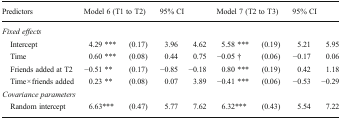
<table><thead><tr><td><b>Predictors</b></td><td colspan="2"><b>Model 6 (T1 to T2)</b></td><td colspan="2"><b>95% CI</b></td><td colspan="2"><b>Model 7 (T2 to T3)</b></td><td colspan="2"><b>95% CI</b></td></tr></thead><tbody><tr><td colspan="9"><i>Fixed effects</i></td></tr><tr><td> Intercept</td><td>4.29 ***</td><td>(0.17)</td><td>3.96</td><td>4.62</td><td>5.58 ***</td><td>(0.19)</td><td>5.21</td><td>5.95</td></tr><tr><td> Time</td><td>0.60 ***</td><td>(0.08)</td><td>0.44</td><td>0.75</td><td>−0.05 †</td><td>(0.06)</td><td>−0.17</td><td>0.06</td></tr><tr><td> Friends added at T2</td><td>−0.51 **</td><td>(0.17)</td><td>−0.85</td><td>−0.18</td><td>0.80 ***</td><td>(0.19)</td><td>0.42</td><td>1.18</td></tr><tr><td> Time × friends added</td><td>0.23 **</td><td>(0.08)</td><td>0.07</td><td>3.89</td><td>−0.41 ***</td><td>(0.06)</td><td>−0.53</td><td>−0.29</td></tr><tr><td colspan="9"><i>Covariance parameters</i></td></tr><tr><td> Random intercept</td><td>6.63***</td><td>(0.47)</td><td>5.77</td><td>7.62</td><td>6.32***</td><td>(0.43)</td><td>5.54</td><td>7.22</td></tr></tbody></table>